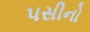
પસીનો